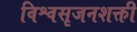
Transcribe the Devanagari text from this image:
विश्वसृजनशक्ती